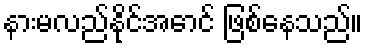
နားမလည်နိုင်အောင် ဖြစ်နေသည်။